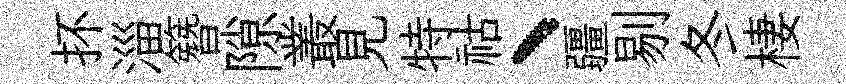
抔淄簪隙叢見特祜、疆剔冬棲